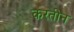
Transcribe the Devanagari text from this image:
करतीन